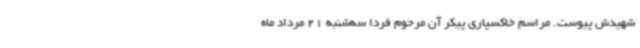
شهیدش پیوست. مراسم خاکسپاری پیکر آن مرحوم فردا سه‌شنبه 21 مرداد ماه